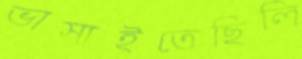
ভাসাইতেছিলি